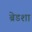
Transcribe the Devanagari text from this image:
ब्रेडशा